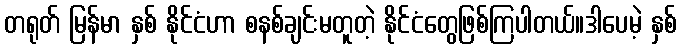
တရုတ် မြန်မာ နှစ် နိုင်ငံဟာ စနစ်ချင်းမတူတဲ့ နိုင်ငံတွေဖြစ်ကြပါတယ်။ဒါပေမဲ့ နှစ်